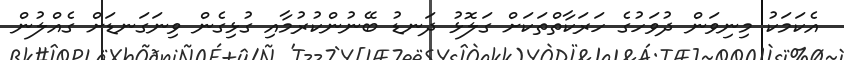
އެކަމަކު މިނިވަން ދުވަހުގެ ހަރަކާތްތަކަށް ގަލޮޅު ދަނޑު ބޭނުންކުރުމާއި ގުޅިގެން ވިނަގަނޑަށް ގެއްލުން